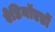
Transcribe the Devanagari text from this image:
ऐडिनॉएडों